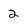
Character: 2